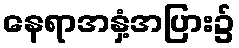
နေရာအနှံ့အပြား၌